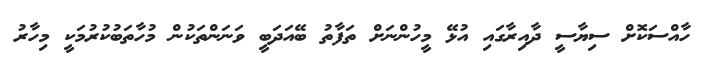
ހާއްސަކޮށް ސިޔާސީ ދާއިރާގައި އުޅޭ މީހުންނަށް ތަފާތު ބޭއަދަބީ ވަނަންތަކުން މުހާތަބުކުރުމަކީ މިހާރު